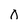
Character: 0